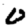
Digit: 0